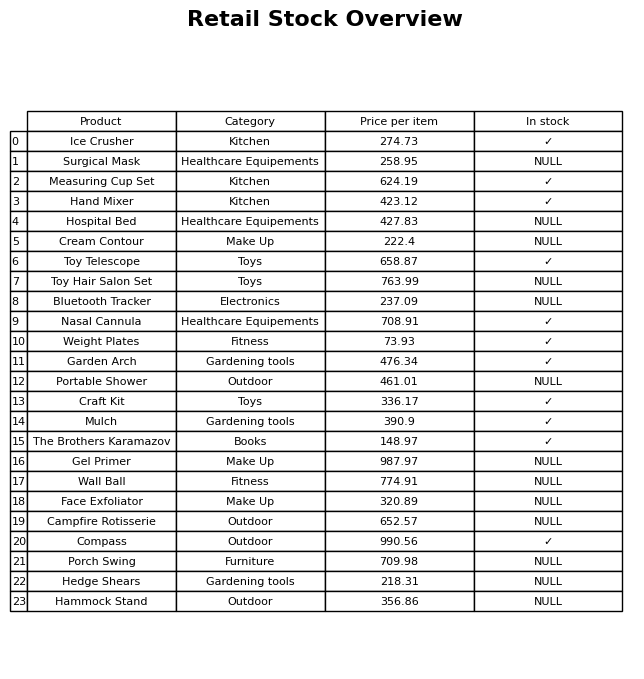
question: Which products are currently out of stock?
answer: Surgical Mask, Hospital Bed, Cream Contour, Toy Hair Salon Set, Bluetooth Tracker, Portable Shower, Gel Primer, Wall Ball, Face Exfoliator, Campfire Rotisserie, Porch Swing, Hedge Shears, Hammock Stand